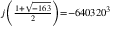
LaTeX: \scriptstyle j \left( { \frac { 1 + { \sqrt { - 1 6 3 } } } { 2 } } \right) = - 6 4 0 3 2 0 ^ { 3 }